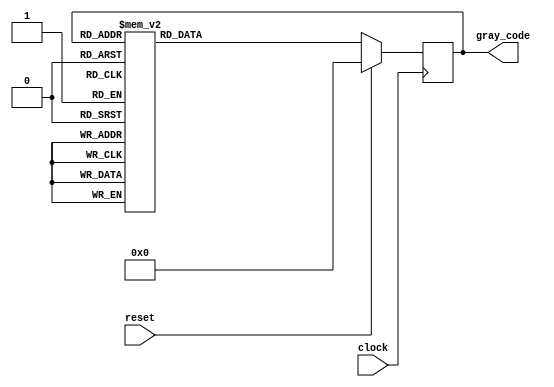
module gray_code_ring_counter (
    input clock,
    input reset,
    output reg [3:0] gray_code
);

reg [3:0] next_gray_code;

always @ (posedge clock) begin
    if (reset) begin
        gray_code <= 4'b0000;
    end else begin
        gray_code <= next_gray_code;
    end
end

always @ (*) begin
    case (gray_code)
        4'b0000: next_gray_code = 4'b0001;
        4'b0001: next_gray_code = 4'b0011;
        4'b0011: next_gray_code = 4'b0010;
        4'b0010: next_gray_code = 4'b0110;
        4'b0110: next_gray_code = 4'b0111;
        4'b0111: next_gray_code = 4'b0101;
        4'b0101: next_gray_code = 4'b0100;
        4'b0100: next_gray_code = 4'b1100;
        4'b1100: next_gray_code = 4'b1101;
        4'b1101: next_gray_code = 4'b1111;
        4'b1111: next_gray_code = 4'b1110;
        4'b1110: next_gray_code = 4'b1010;
        4'b1010: next_gray_code = 4'b1011;
        4'b1011: next_gray_code = 4'b1001;
        4'b1001: next_gray_code = 4'b1000;
        4'b1000: next_gray_code = 4'b0000;
    endcase
end

endmodule